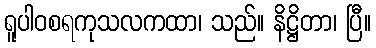
ရူပါဝစရကုသလကထာ၊ သည်။ နိဋ္ဌိတာ၊ ပြီ။